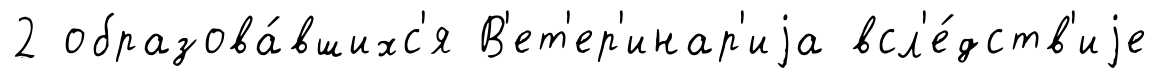
2 образова́вшихс'я В'ет'ер'инар'иjа всл'е́дств'иjе